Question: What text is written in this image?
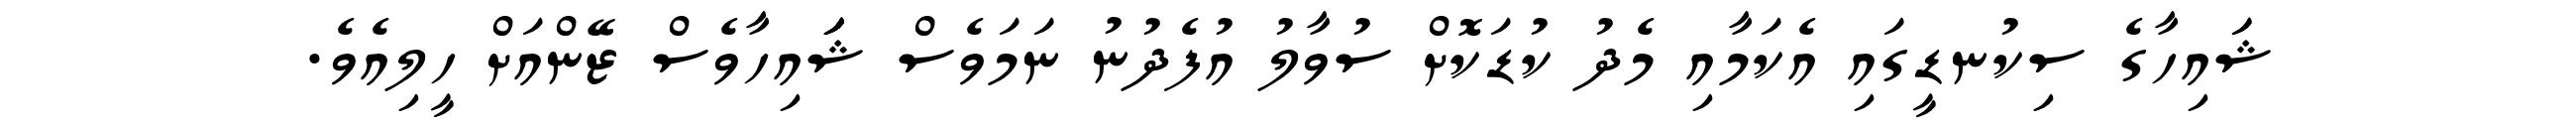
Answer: ޝަައިހާގެ ސިކުނޑީގައި އެކަމާއި މެދު ކުޑަކޮށް ސުވާލު އުފެދުނު ނަމަވެސް ޝަަަަަައިހާވެސް ޒޭންއަށް ހީލިއެވެ.